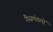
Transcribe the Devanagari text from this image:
गैसमंडलों